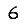
Digit: 6